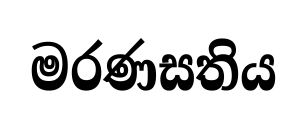
මරණසතිය